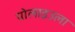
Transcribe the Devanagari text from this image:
पोलाइउला